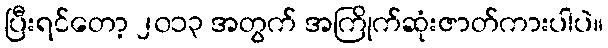
ပြီးရင်တော့ ၂၀၁၃ အတွက် အကြိုက်ဆုံးဇာတ်ကားပါပဲ။